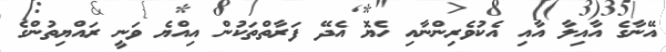
އޭނާގެ އާއިލާ އާއި އެކުވެރިންނާއި ހެޔޮ އެދޭ ފަރާތްތަކުން އިއްޔެ ވަނީ ރައްޔިތުންގެ